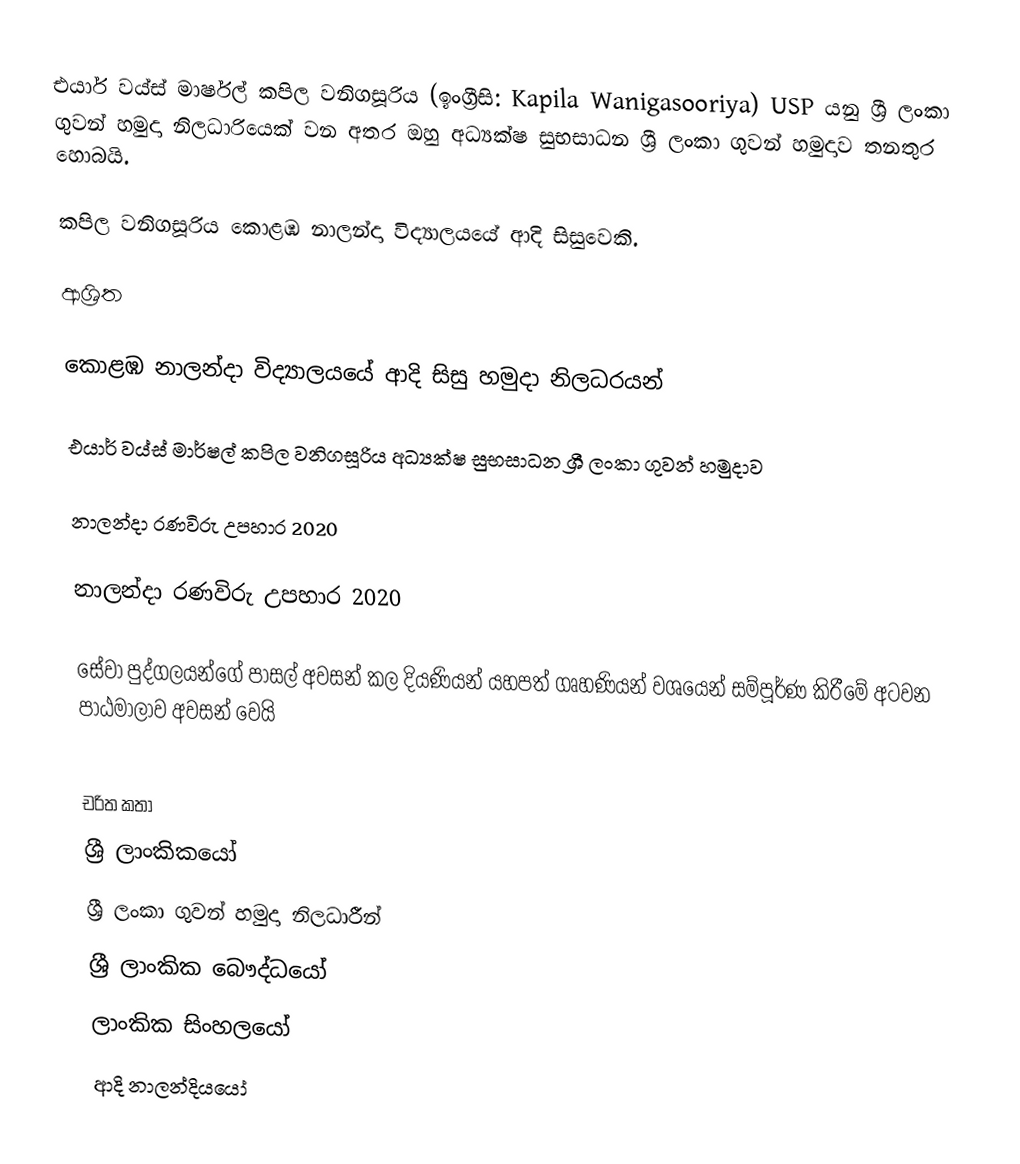
එයාර් වය්ස් මාර්ෂල් කපිල වනිගසූරිය (ඉංග්‍රීසි: Kapila Wanigasooriya) USP යනු  ශ්‍රී ලංකා ගුවන් හමුදා නිලධාරියෙක් වන අතර ඔහු අධ්‍යක්ෂ සුභසාධන ශ්‍රී ලංකා ගුවන් හමුදාව තනතුර හොබයි.

කපිල වනිගසූරිය  කොළඹ නාලන්දා විද්‍යාලයයේ ආදි සිසුවෙකි.

ආශ්‍රිත

කොළඹ නාලන්දා විද්‍යාලයයේ ආදි සිසු හමුදා නිලධරයන්

 එයාර් වය්ස් මාර්ෂල් කපිල වනිගසූරිය අධ්‍යක්ෂ සුභසාධන ශ්‍රී ලංකා ගුවන් හමුදාව

 නාලන්දා රණවිරු උපහාර 2020

 නාලන්දා රණවිරු උපහාර 2020

 සේවා පුද්ගලයන්ගේ පාසල් අවසන් කල දියණියන් යහපත් ගෘහණියන් වශයෙන් සම්පූර්ණ කිරීමේ අටවන පාඨමාලාව අවසන් වෙයි

චරිත කතා
ශ්‍රී ලාංකිකයෝ
ශ්‍රී ලංකා ගුවන් හමුදා නිලධාරීන්
ශ්‍රී ලාංකික බෞද්ධයෝ
ලාංකික සිංහලයෝ
ආදි නාලන්දියයෝ